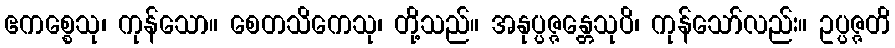
ဧကစ္စေသု၊ ကုန်သော။ စေတသိကေသု၊ တို့သည်။ အနုပ္ပဇ္ဇန္တေသုပိ၊ ကုန်သော်လည်း။ ဥပ္ပဇ္ဇတိ